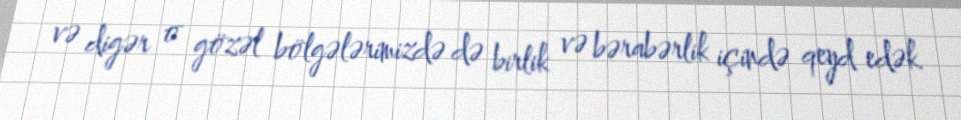
və digər o gözəl bölgələrimizdə də birlik və bərabərlik içində qeyd edək.